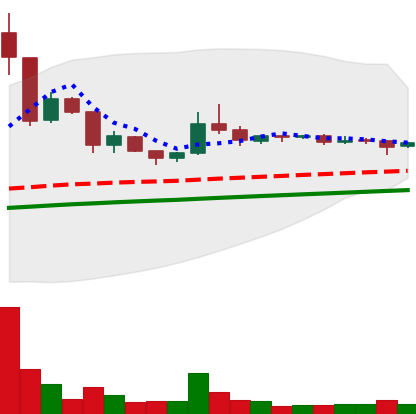
Ticker: DOGE-USD
Chart end date: 2020-07-28
Forward return: 4.348%
Label: up_3_5